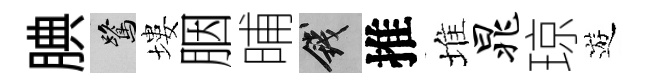
腆鷺塿胭晡錢推堆晁琼遊